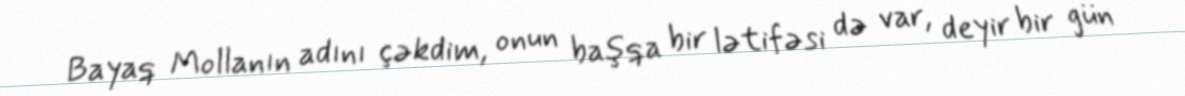
Bayaq Mollanın adını çəkdim, onun başqa bir lətifəsi də var, deyir bir gün